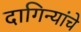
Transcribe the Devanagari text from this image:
दागिन्यांचे